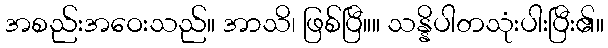
အစည်းအဝေးသည်။ အာသိ၊ ဖြစ်ပြီ။။ သန္နိပါတသုံးပါးပြီး၏။